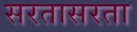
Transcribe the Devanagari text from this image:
सरतासरता